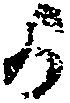
か